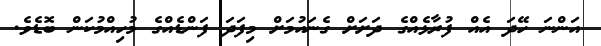
އަންނަ ހޭދަ އެއް ފުރާޅެއްގެ ދަށަށް ގެނައުމަށް މިފަދަ ފަންޑެއްގެ މުހިއްމުކަން ބޮޑެވެ.